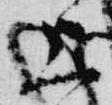
上